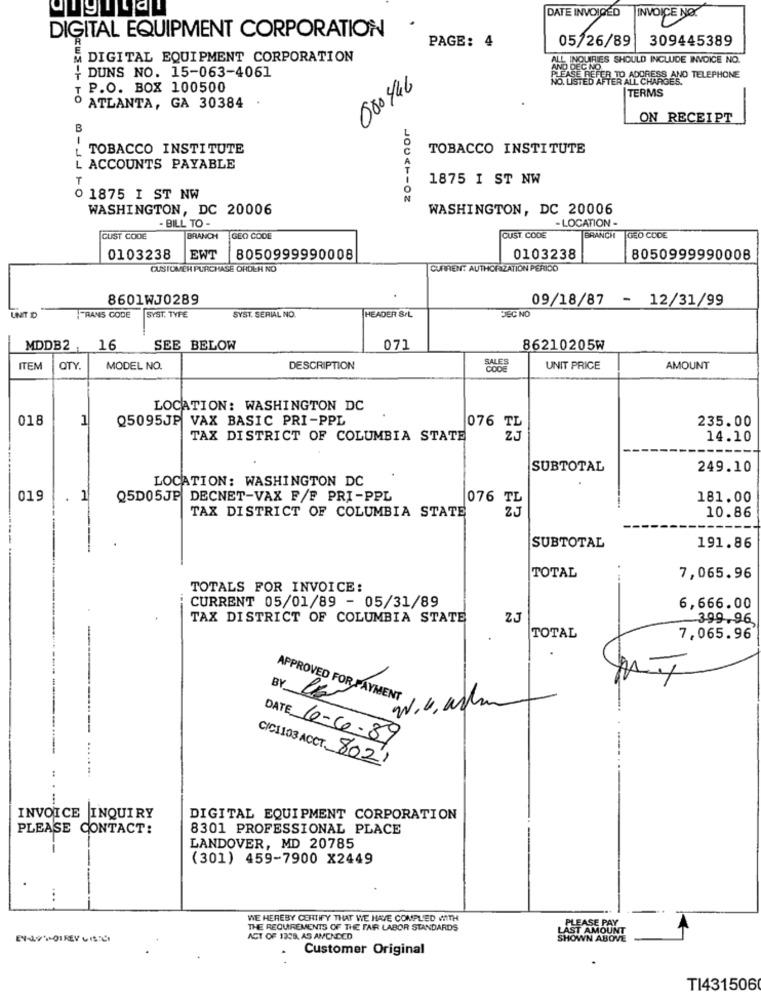
DATE INVOIGED
INVOICE NO
DIGITAL EQUIPMENT CORPORATION
PAGE: 4
05/26/89
309445389
A DIGITAL EQUIPMENT CORPORATION
ALL INQUIRIES SHOULD INCLUDE INVOICE NO.
+ DUNS NO. 15-063-4061
000 446
PLEASE REFER TO ADDRESS AND TELEPHONE
NO. LISTED AFT
T P.O. BOX 100500
TERMS
O ATLANTA, GA 30384
ON RECEIPT
TOBACCO INSTITUTE
TOBACCO INSTITUTE
L ACCOUNTS PAYABLE
-JJ
T
1875 I ST NW
0 1875 I ST NW
WASHINGTON, DC 20006
WASHINGTON, DC 20006
- BILL TO -
- LOCATION -
CUST CODE
BRANCH
GEO CODE
CUST. CODE
BRANCH
GEO CODE
0103238
EWT
8050999990008
0103238
8050999990008
CUSTOMER PURCHASE ORDER NO
CURREN: AUTHORIZATION PERIDO
8601WJ0289
09/18/87 - 12/31/99
UNT D
FRANS CODE
SYST. TYFE
SYST. SERIAL NO.
HEADER &/L
JEC NO
MDDB2
16
SEE BELOW
071
86210205W
ITEN
OTY
MODEL NO.
DESCRIPTION
UNIT PRICE
AMOUNT
LOCATION: WASHINGTON DC
018
1
Q5095JP VAX BASIC PRI-PPL
235.00
076
TAX DISTRICT OF COLUMBIA STATE
14.10
SUBTOTAL
249.10
LOCATION: WASHINGTON DC
019
. 1
Q5D05JP DECNET-VAX F/F PRI-PPL
181.00
076 TL
TAX DISTRICT OF COLUMBIA STATE
10.86
SUBTOTAL
191.86
TOTAL
7,065.96
TOTALS FOR INVOICE:
CURRENT 05/01/89 - 05/31/89
6,666.00
TAX DISTRICT OF COLUMBIA STATE
ZJ
399.96
TOTAL
7,065.96
BY
APPROVED FOR PAYMENT
DATE 6-6-89
C/C1103 ACCT. 8021
-
INVOICE INQUIRY
DIGITAL EQUIPMENT CORPORATION
PLEASE CONTACT:
8301 PROFESSIONAL PLACE
LANDOVER, MD 20785
(301) 459-7900 X2449
WE HEREBY CERTIFY THAT WE HAVE COMPLIED WITH
THE REQUIREMENTS OF THE FAIR LABOR STANDARDS
LAST AMOUNT
PLEASE PAY
ACT OF 1338. AS AMENDED
SHOWN ABOVE
Customer Original
TI431506